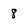
Character: 8